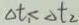
\Delta t _ { 1 } < \Delta t _ { 2 }